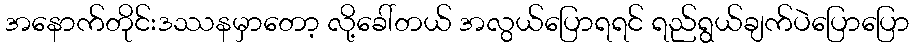
အနောက်တိုင်းဒဿနမှာတော့ လို့ခေါ်တယ် အလွယ်ပြောရရင် ရည်ရွယ်ချက်ပဲပြောပြော